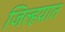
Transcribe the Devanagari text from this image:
जिल्हय़ात